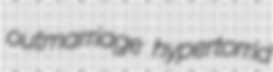
outmarriage hypertorrid